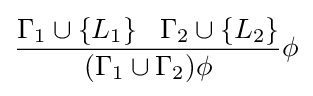
{\frac {\Gamma _{1}\cup \left\{L_{1}\right\}\,\,\,\,\Gamma _{2}\cup \left\{L_{2}\right\}}{(\Gamma _{1}\cup \Gamma _{2})\phi }}\phi